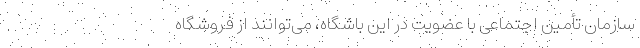
سازمان تأمین اجتماعی با عضویت در این باشگاه، می‌توانند از فروشگاه